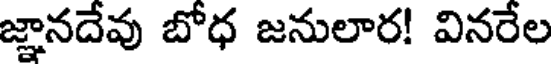
జ్ఞానదేవు బోధ జనులార! వినరేల